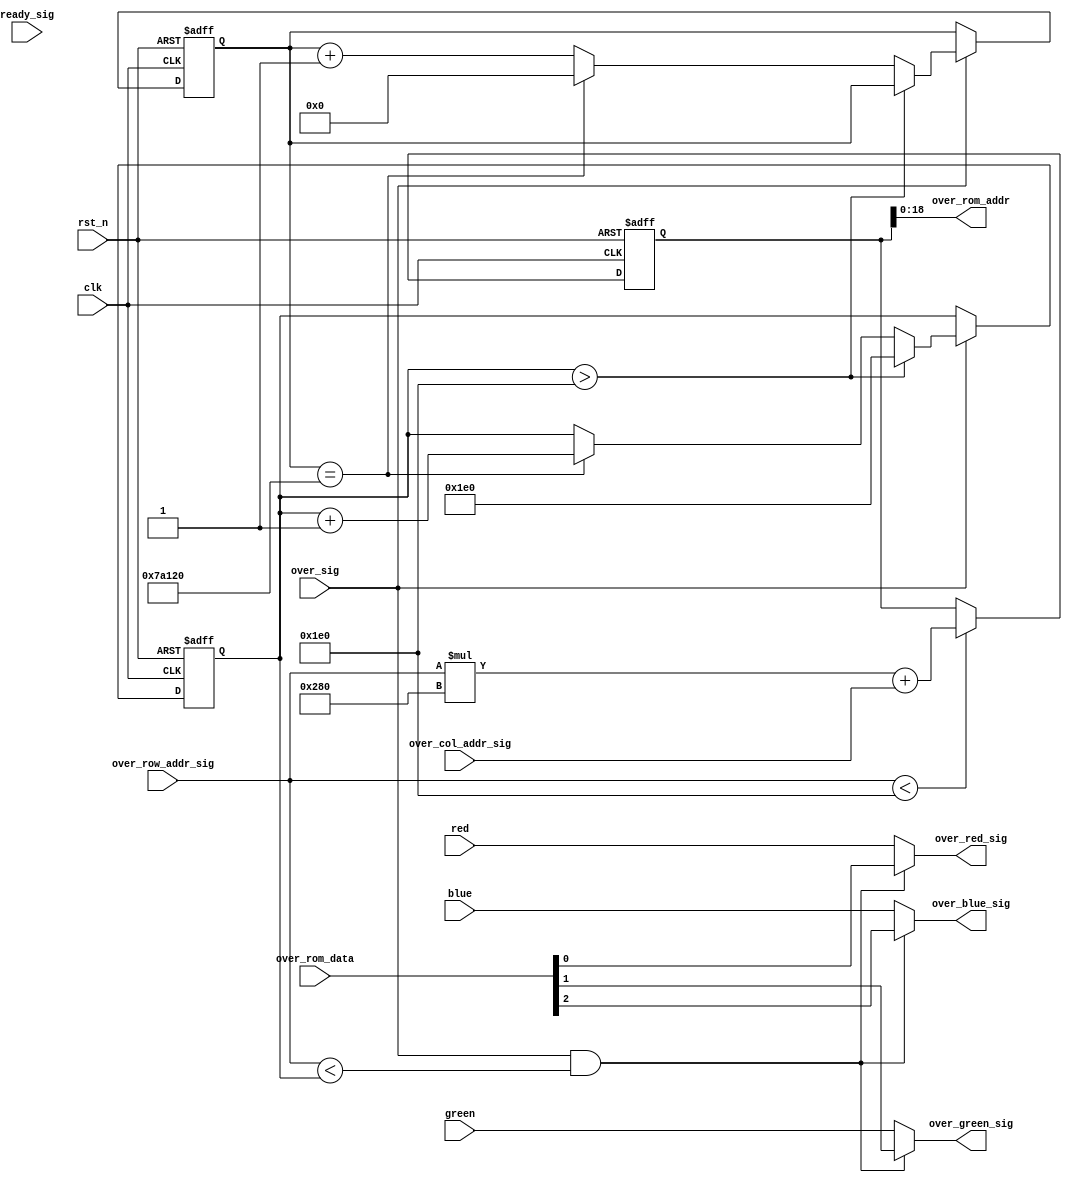
`timescale 1ns / 1ps
//////////////////////////////////////////////////////////////////////////////////
// Company: 
// Engineer: 
// 
// Design Name: 
// Module Name:    over_vga_control_module 
// Project Name: 
// Target Devices: 
// Tool versions: 
// Description: 
//
// Dependencies: 
//
// Revision: 
// Revision 0.01 - File Created
// Additional Comments: 
//
//////////////////////////////////////////////////////////////////////////////////
module over_vga_control_module
 (clk, rst_n, over_col_addr_sig, over_row_addr_sig, ready_sig, over_sig,
	over_rom_data, red, green, blue, over_rom_addr, 
	over_red_sig, over_green_sig, over_blue_sig
 );
 input clk;
 input rst_n;
 input[10:0] over_col_addr_sig;
 input[10:0] over_row_addr_sig;
 input ready_sig;
 input over_sig;
 input[2:0] over_rom_data;
 input red;
 input green;
 input blue;
 output[18:0] over_rom_addr;
 output over_red_sig;
 output over_green_sig;
 output over_blue_sig;
 parameter flush = 30'd500_000;
 /**************************************************/
 
 reg[21:0] m;
 reg[30:0] vcnt;
 reg[10:0] nowv;
 // assign nowv = 20'd000;
 always @ ( posedge clk or negedge rst_n )
   begin
     if( !rst_n )
        m <= 9'd0;
     else if(over_row_addr_sig < 480 ) 
        m <= over_row_addr_sig[10:0]*640+over_col_addr_sig[10:0];
   end
   
 always @ ( posedge clk or negedge rst_n)
   begin
		if( !rst_n )
			begin
				vcnt <= 0;
				nowv <= 0;
			end
		else 
		if (over_sig)
		begin
		if (nowv > 480)
			nowv <= 480;
		else
		if (vcnt == flush)
			begin
				vcnt <= 0;
				nowv <= nowv + 1;
			end
		else
			vcnt <= vcnt + 1;
		end
	end   
 

   
 /**************************************************/
 
 assign over_rom_addr = m;
 assign over_red_sig = (over_sig && (over_row_addr_sig < nowv))?over_rom_data[0]:red;
 assign over_green_sig = (over_sig && (over_row_addr_sig < nowv)) ? over_rom_data[1] : green;
 assign over_blue_sig = (over_sig&& (over_row_addr_sig < nowv))?over_rom_data[2]:blue;
 
 /**************************************************/
 
endmodule